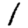
Digit: 1